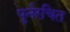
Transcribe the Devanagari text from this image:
पुर्नरचित